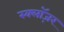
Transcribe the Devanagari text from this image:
स्क्लॉज़र